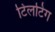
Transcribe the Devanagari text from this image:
टिलटिंग